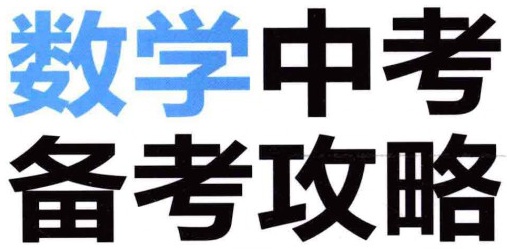
数学中考
备考攻略